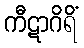
ကီဋာဂိရိံ